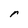
Character: r